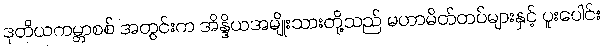
ဒုတိယကမ္ဘာစစ် အတွင်းက အိန္ဒိယအမျိုးသားတို့သည် မဟာမိတ်တပ်များနှင့် ပူးပေါင်း